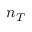
n _ { T }